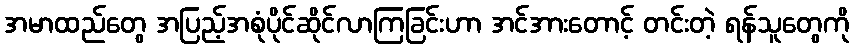
အမာထည်တွေ အပြည့်အစုံပိုင်ဆိုင်လာကြခြင်းဟာ အင်အားတောင့် တင်းတဲ့ ရန်သူတွေကို